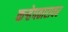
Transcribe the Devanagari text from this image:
कऱ्हेपठारावर